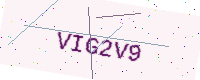
Text: VIG2V9